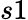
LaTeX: s1